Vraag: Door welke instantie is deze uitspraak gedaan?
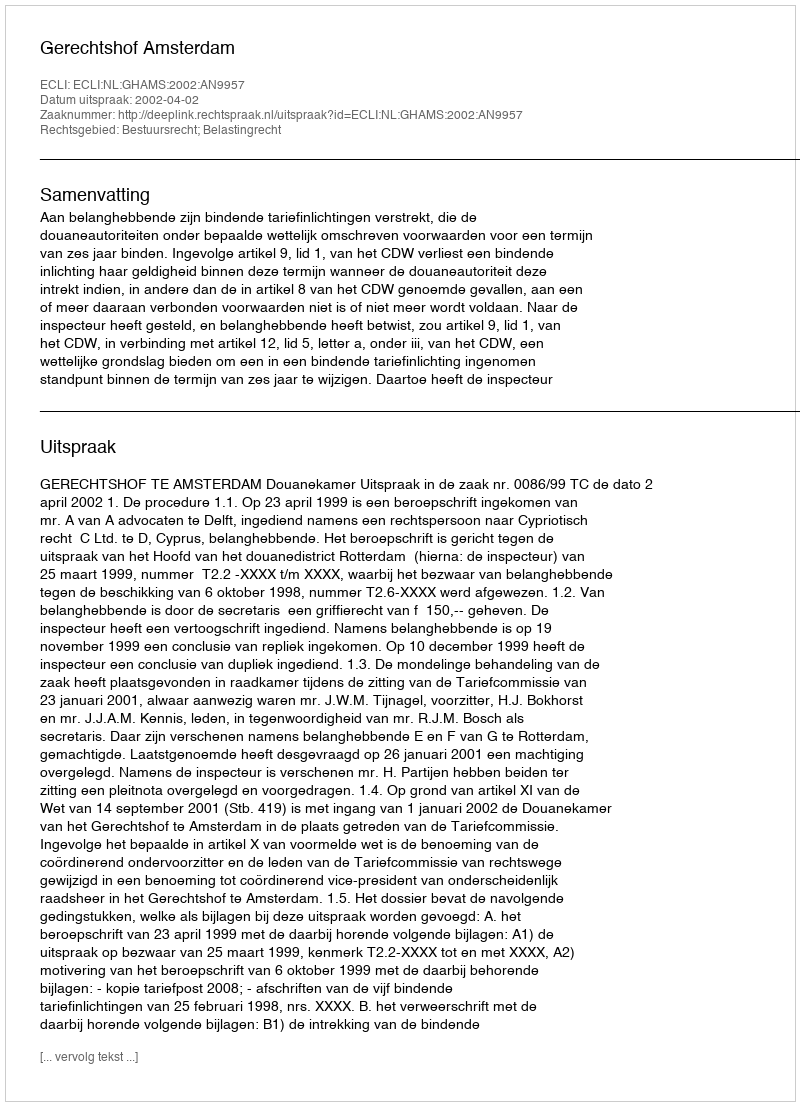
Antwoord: Gerechtshof Amsterdam